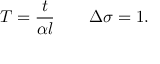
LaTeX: T = \frac { t } { \alpha l } \quad \quad \Delta \sigma = 1 .